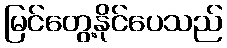
မြင်တွေ့နိုင်ပေသည်